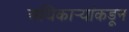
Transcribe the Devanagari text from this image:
अधिकार्‍यांकडून